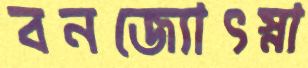
বনজ্যোৎস্না